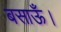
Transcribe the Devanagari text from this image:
बसाऊँ।